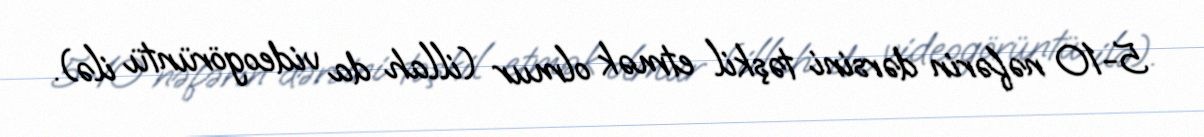
5-10 nəfərin dərsini təşkil etmək olmur (illah da videogörüntü ilə).